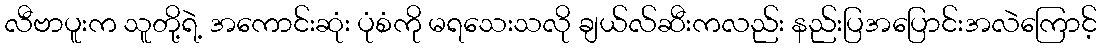
လီဗာပူးက သူတို့ရဲ့ အကောင်းဆုံး ပုံစံကို မရသေးသလို ချယ်လ်ဆီးကလည်း နည်းပြအပြောင်းအလဲကြောင့်